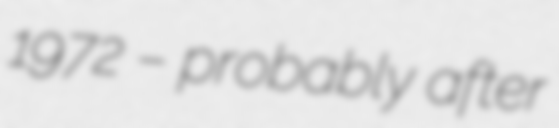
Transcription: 1972 – probably after